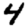
Digit: 4